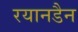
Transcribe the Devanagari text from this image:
रयानडैन